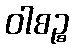
ဝါစဉ္စ